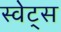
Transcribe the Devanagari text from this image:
स्वेट्स